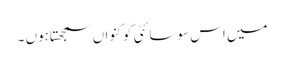
میں اس سوسائٹی کو کنواں سمجھتاہوں ۔